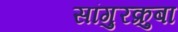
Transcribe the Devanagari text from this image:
सांगुरक्रुबा